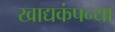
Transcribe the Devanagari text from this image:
खाद्यकंपन्या